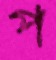
প